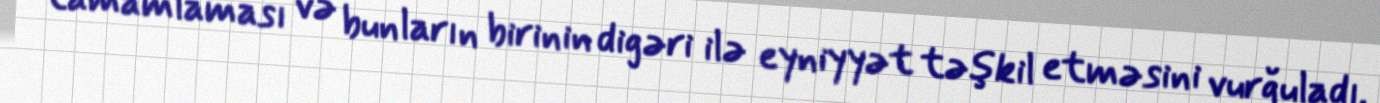
tamamlaması və bunların birinin digəri ilə eyniyyət təşkil etməsini vurğuladı.